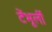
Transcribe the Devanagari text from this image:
टेंभूर्ली